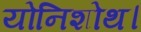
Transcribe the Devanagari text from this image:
योनिशोथ।